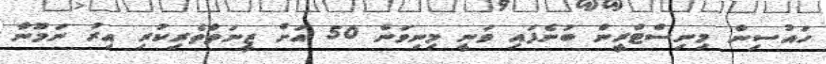
ހައުސިން މިނިސްޓްރީން ބުނެފައި ވަނީ މިނިވަން 50 އަށް ޒީނަތްތެރިކުރި އިރު ނަމޫނާ